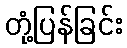
တုံ့ပြန်ခြင်း